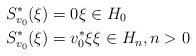
\begin{align*}S_{v_{0}}^{\ast}(\xi) & =0\xi\in H_{0}\\S_{v_{0}}^{\ast}(\xi) & =v_{0}^{\ast}\xi\xi\in H_{n},n>0\end{align*}